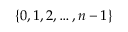
\{ 0 , 1 , 2 , \dots , n - 1 \}